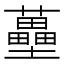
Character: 蘲